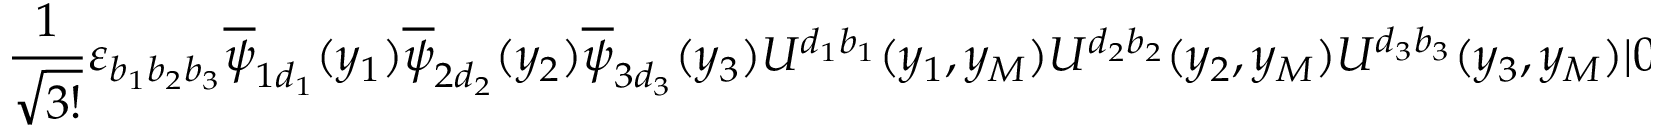
\frac { 1 } { \sqrt { 3 ! } } \varepsilon _ { b _ { 1 } b _ { 2 } b _ { 3 } } \overline { { { \psi } } } _ { 1 d _ { 1 } } ( y _ { 1 } ) \overline { { { \psi } } } _ { 2 d _ { 2 } } ( y _ { 2 } ) \overline { { { \psi } } } _ { 3 d _ { 3 } } ( y _ { 3 } ) U ^ { d _ { 1 } b _ { 1 } } ( y _ { 1 } , y _ { M } ) U ^ { d _ { 2 } b _ { 2 } } ( y _ { 2 } , y _ { M } ) U ^ { d _ { 3 } b _ { 3 } } ( y _ { 3 } , y _ { M } ) | 0 \rangle